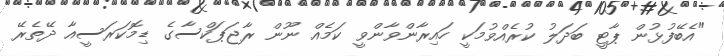
"އެބޭފުޅުން ޕާޓީ ބަދަލު ކުރެއްވުމަކީ ހައިރާންވާންވީ ކަމެއް ނޫން ރާޖަޕަކްސާގެ ޑިމޮކަރަސީއާ ދޭތެރޭ